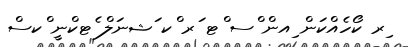
ިރ ކޯހެއްކަން ިއން ްސ ްޓ ަރ ްކ ަޝނަލް ެޓކްނީ ްކސް